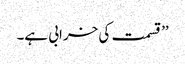
’’ قسمت کی خرابی ہے۔